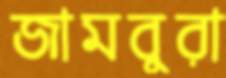
জামবুরা